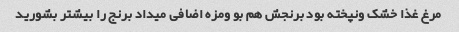
مرغ غذا خشک ونپخته بود برنجش هم بو ومزه اضافی میداد برنج را بیشتر بشورید